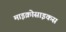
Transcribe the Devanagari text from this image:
माइक्रोसाइकस